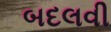
બદલવી